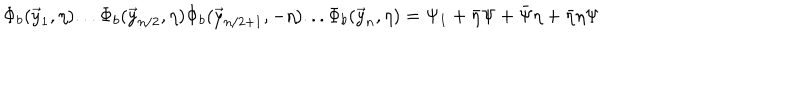
\Phi _ { b } ( \vec { y } _ { 1 } , \eta ) . . . \Phi _ { b } ( \vec { y } _ { n / 2 } , \eta ) \Phi _ { b } ( \vec { y } _ { n / 2 + 1 } , - \eta ) . . . \Phi _ { b } ( \vec { y } _ { n } , \eta ) = \Psi _ { 1 } + \bar { \eta } \Psi + \bar { \Psi } \eta + \bar { \eta } \eta \Psi